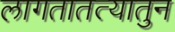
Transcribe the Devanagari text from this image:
लागतातत्यातुन